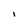
Character: i